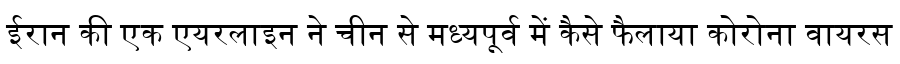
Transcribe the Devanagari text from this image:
ईरान की एक एयरलाइन ने चीन से मध्यपूर्व में कैसे फैलाया कोरोना वायरस